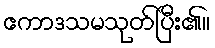
ဧကာဒသမသုတ်ပြီး၏။